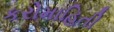
કરોમાહિતી